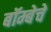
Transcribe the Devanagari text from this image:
बॉम्बेचे